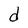
Character: d